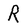
Character: R